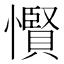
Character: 𢤞